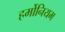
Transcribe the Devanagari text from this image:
हर्मोनियम